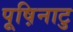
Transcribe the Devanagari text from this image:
पूष़िनाटु